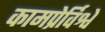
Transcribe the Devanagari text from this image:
कामप्रेर्विश्वे